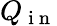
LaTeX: Q_{\mathrm{~i~n~}}